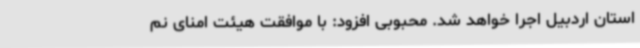
استان اردبیل اجرا خواهد شد. محبوبی افزود: با موافقت هیئت امنای نم